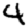
Digit: 4